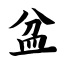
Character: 盆